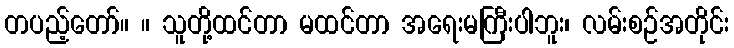
တပည့်တော်။ ။ သူတို့ထင်တာ မထင်တာ အရေးမကြီးပါဘူး၊ လမ်းစဉ်အတိုင်း